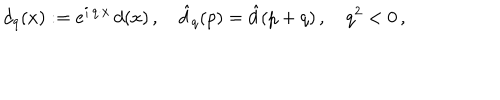
LaTeX: d _ { q } ( x ) : = e ^ { i \, q \cdot x } \, d ( x ) \, , \quad \hat { d } _ { q } ( p ) = \hat { d } ( p + q ) \, , \quad q ^ { 2 } < 0 \, ,